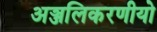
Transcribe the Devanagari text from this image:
अञ्जलिकरणीयो